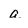
Character: a